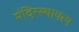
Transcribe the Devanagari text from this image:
मंदिरस्थापत्य